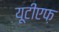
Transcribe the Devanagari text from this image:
यूटीएफ़